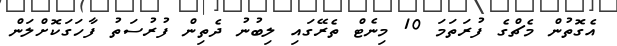
އެގޮތުން މެޗްގެ ފުރަތަމަ 10 މިނެޓް ތެރޭގައި ލިބުނު ދެތިން ފުރުސަތު ފާހަގަކޮށްލަން